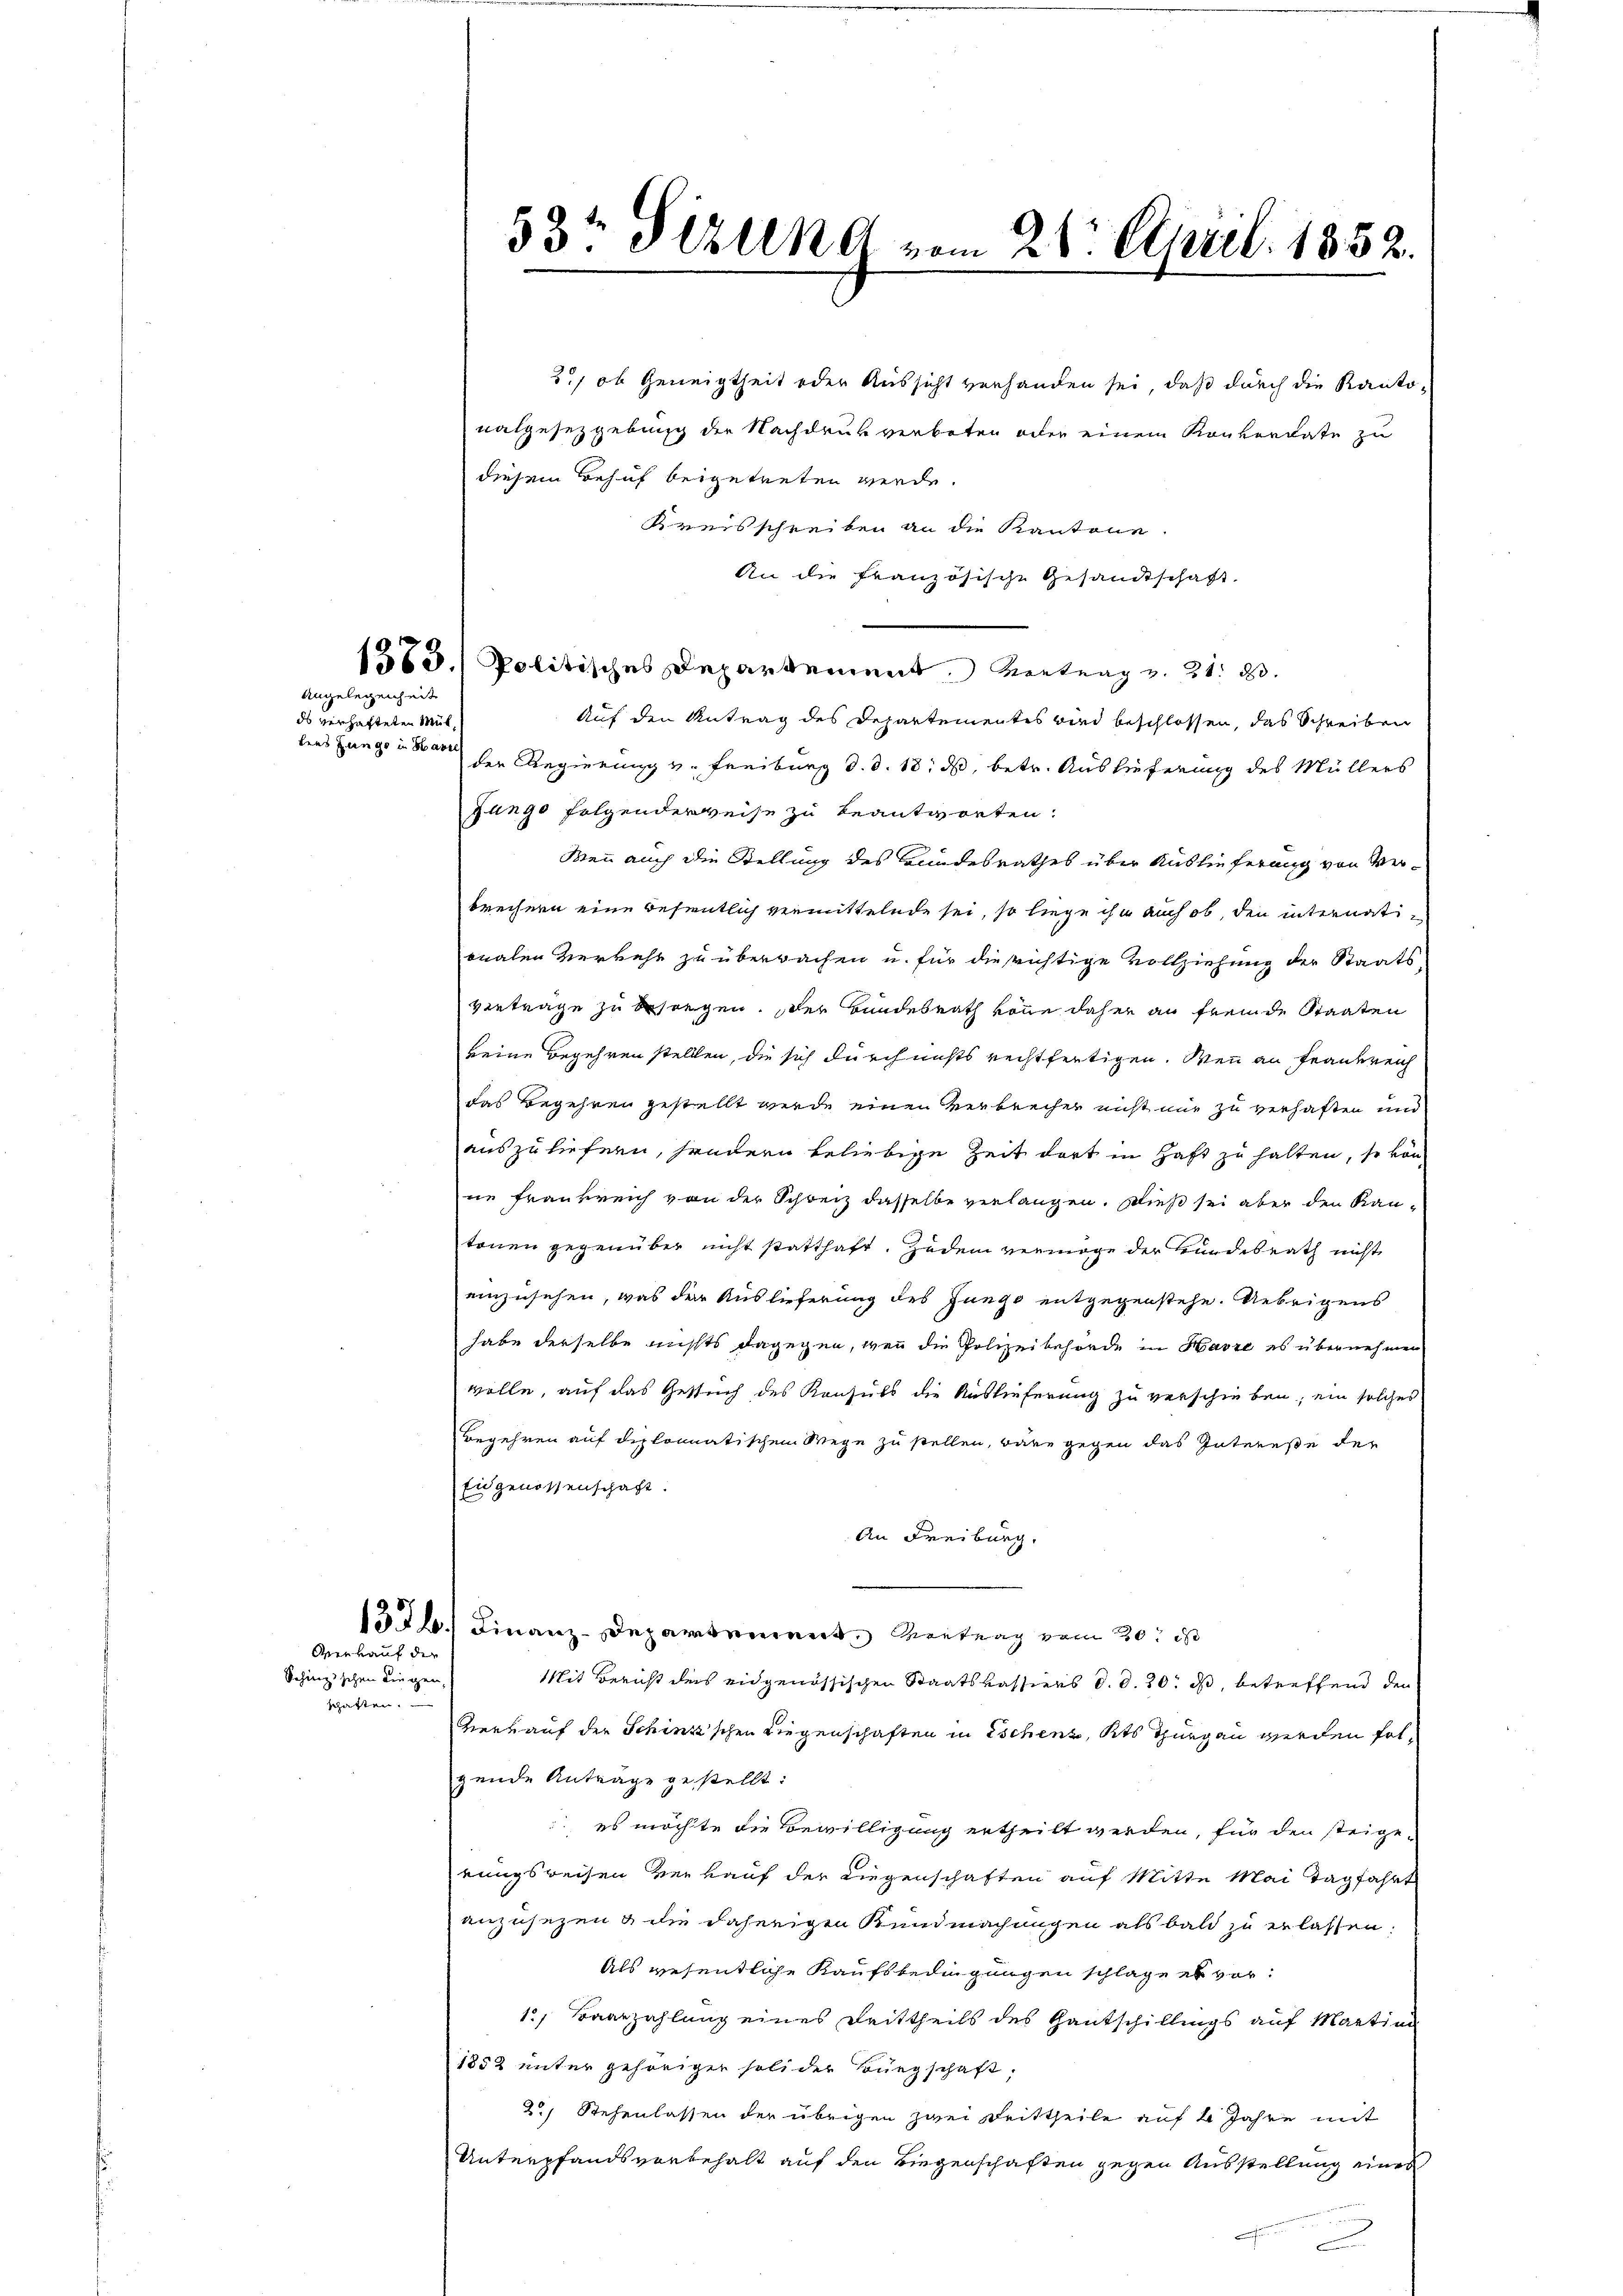
Angelegenheit

ds verhafteten Mut,
bins Zunge in Basel

Wenkauf der

Schinzischen Dingen
schaften.

3., ob Geneigtheit oder Aussicht verhanden sei, daß durch die Kantovalgesetzgebung der Nachdrukverboten oder einem Konkordate zu
diesem Behuf beigetreten werde.
Kreisschreiben an die Kantone
An die französische Gesandtschaft,
1585. Politisches Departement Vertrag v. 21. d.
Auf den Antrag des Departementes wird beschlossen, das Schreiben
der Regierung v. Freiburg d. d. 18. ds, betr. Auslieferung des Müllers
Junge folgenderweise zu beantworten.
Wenn auch die Stellung des Bundesrathes über Auslieferung von Verbrechern eine Besentlich vermittelnde sei, so liege ihn auch ob, den internationalen Verkehr zu überwachen u. für die richtige Vollziehung der Staatsvertrage zu besiegen. Der Bundesrath könne daher an fremde Staaten
keine Begehren stellen, die sich durch nichts rechtfertigen. Wenn an Frankreich
das Begehren gestellt wurde einen Verbrecher nicht nur zu verhaften und
auszuliefern, sondern beliebige Zeit dort in Haft zu halten, so von
ne Frankreich von der Schweiz dasselbe verlangen. Dieß sei aber den Kantonen gegenüber nicht statthaft, zudem vermöge der Hundesrath nicht
einzusehen, was der Auslieferung des Junge entgegenstehe. Uebrigens
habe derselbe nichts dagegen, wenn die Polizeibehörde in Havre es übernehmen
wolle, auf das Gesuch des Konsuls die Auslieferung zu verschieben, ein solches
Begehren auf diplomatischen Wege zu stellen, wäre gegen das Interesse der
Eidgenossenschaft.
An Freiburg,
1376. Finanz-Departement Vertrag vom 20. d
Mit Bericht des eidgenössischen Staatskassiers d. d. 20. ds, betreffend den
Verkauf der Schink'schen Liegenschaften in Eschenz, Kts Thurgau werden folgende Antrage gestellt:
. es möchte die Bewilligung ertheilt werden, für den steigerungsweisen verkauf der Liegenschaften auf Mitte Mai Tagfahrt
anzusezen & die daherigen Kundmachungen als bald zu erlassen:
Als wesentliche Kaufsbedingungen schlage es vor¬
1, Baarzahlung eines Drittheils des Gautschillings auf Martian
1852 unter gehöriger soli der Bürgschaft,
2.) Stehenlassen der übrigen zwei Reittheile auf 4 Jahre mit
Unterpfandsvorbehalt auf den Riegenschaften gegen Ausstellung eines
.
c

53t Sizung vom 21. April 1852.
e